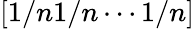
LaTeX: [1/n1/n\cdots 1/n]